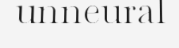
unneural